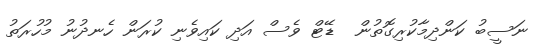
ނަސީބު ކަންދިމާކުރިގޮތުން  ޑޭޓް ވެސް އަދި ކައިވެނި ކުރަން ހެނދުނު މުހުރަތު